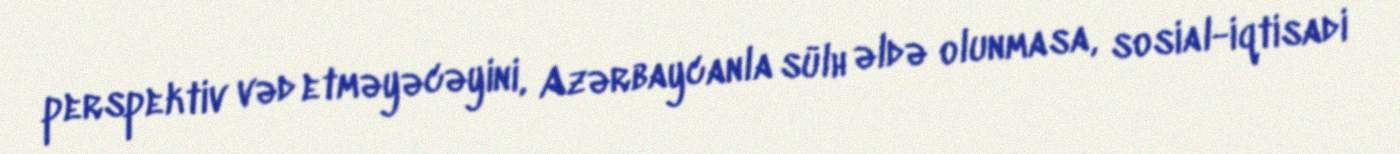
perspektiv vəd etməyəcəyini, Azərbaycanla sülh əldə olunmasa, sosial-iqtisadi